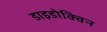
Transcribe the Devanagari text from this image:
डाइडोक्विन